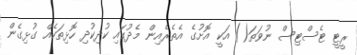
ރީޓީ ޓެސްޓިސް ނުވަތަ() އަކީ އޮށުގެ އެތެރެއިން މެދުގައި ކުދިކުދި ހޮޅިތަކެއް ގުޅިގެން